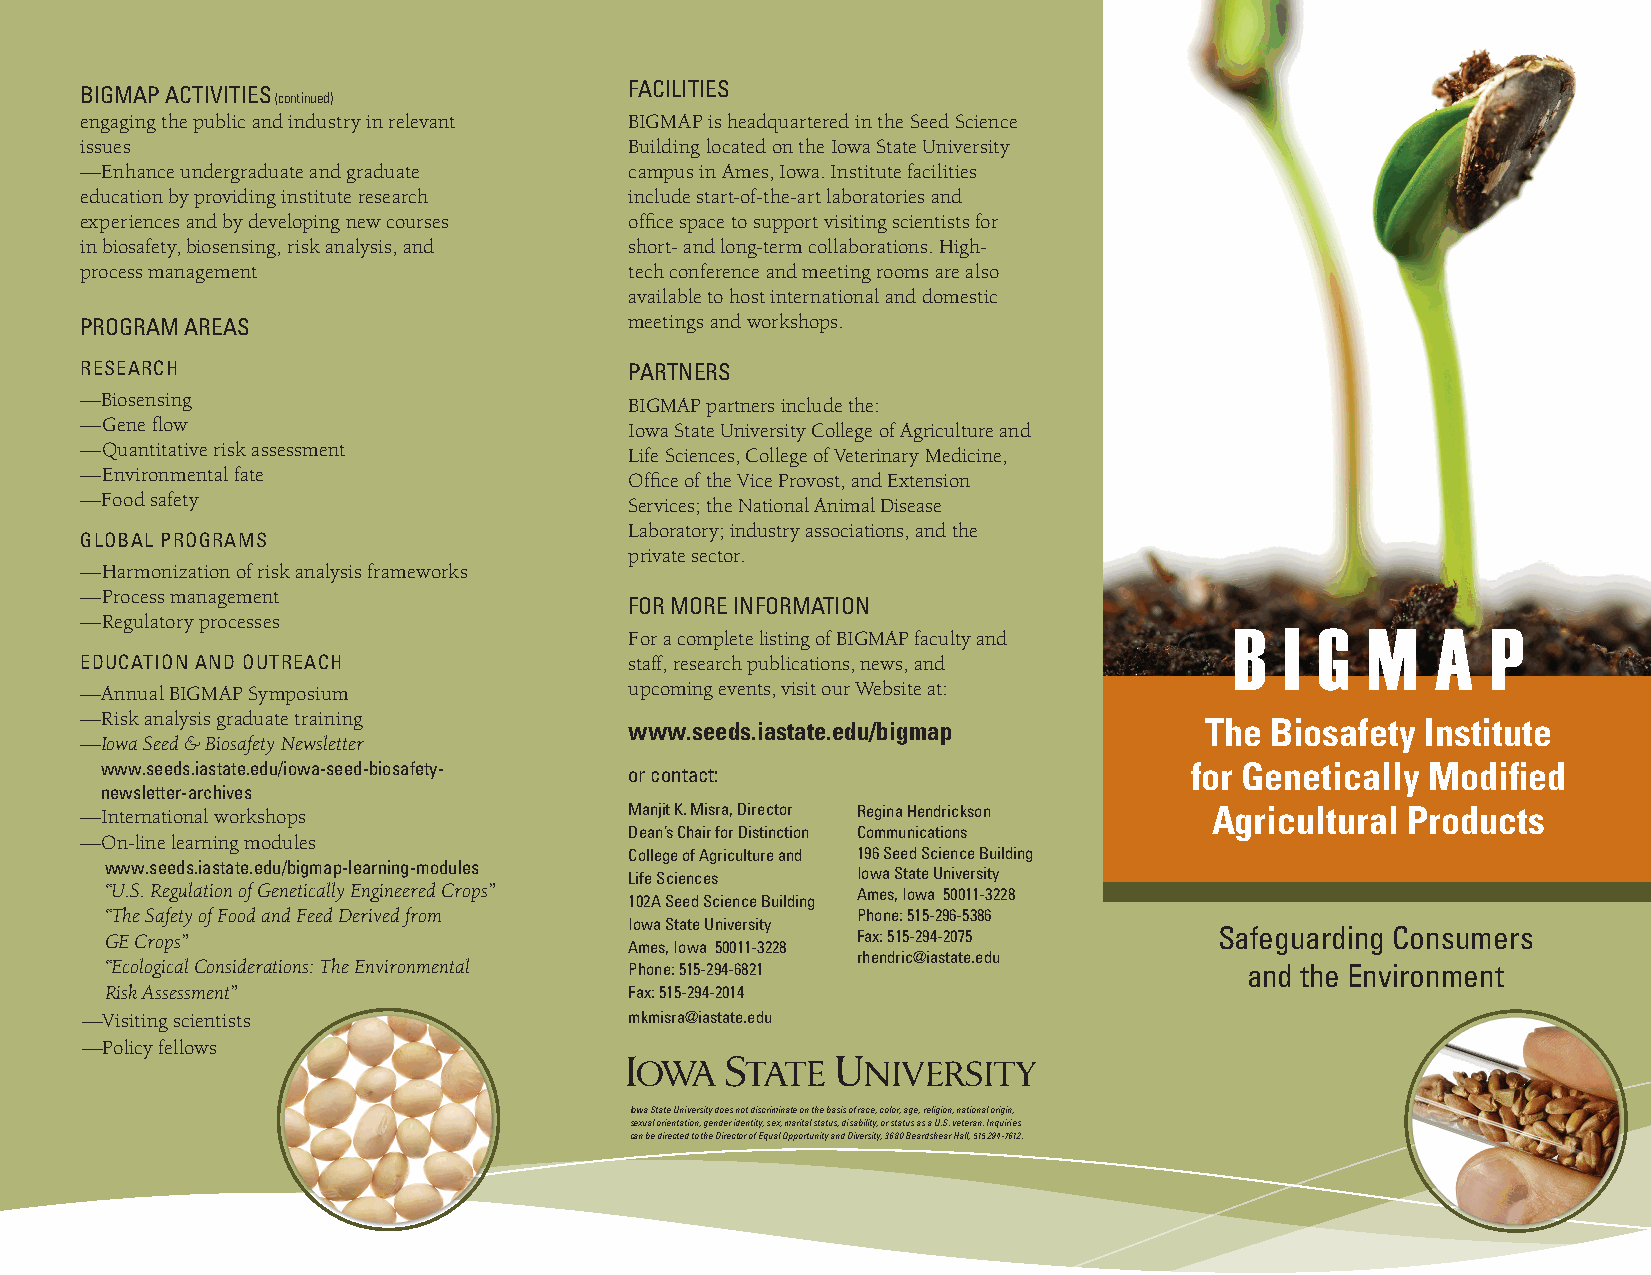
FACILITIES
 BIGMAP ACTIVITIES (continued)
 engaging the public and industry in relevant BIGMAP is headquartered in the Seed Science
 issues                               Building located on the Iowa State University
 —Enhance undergraduate and graduate  campus in Ames, Iowa. Institute facilities
 education by providing institute research include start-of-the-art laboratories and
 experiences and by developing new courses office space to support visiting scientists for
 in biosafety, biosensing, risk analysis, and short- and long-term collaborations. High-
 process management                   tech conference and meeting rooms are also
 available to host international and domestic
 PROGRAM AREAS                        meetings and workshops.
 RESEARCH                             PARTNERS
 —Biosensing                          BIGMAP partners include the:
 —Gene flow                           Iowa State University College of Agriculture and
 —Quantitative risk assessment        Life Sciences, College of Veterinary Medicine,
 —Environmental fate                  Office of the Vice Provost, and Extension
 —Food safety                         Services; the National Animal Disease
 Laboratory; industry associations, and the
 GLOBAL PROGRAMS
 private sector.
 —Harmonization of risk analysis frameworks
 —Process management
 FOR MORE INFORMATION
 —Regulatory processes                                                        B  I G  M    A   P
 For a complete listing of BIGMAP faculty and
 EDUCATION AND OUTREACH               staff, research publications, news, and
 —Annual BIGMAP Symposium             upcoming events, visit our Website at:
 —Risk analysis graduate training
 www.seeds.iastate.edu/bigmap          The Biosafety Institute
 —Iowa Seed & Biosafety Newsletter
 www.seeds.iastate.edu/iowa-seed-biosafety- or contact:                  for Genetically Modified
 newsletter-archives
 —International workshops             Manjit K. Misra, Director Regina Hendrickson Agricultural Products
 Dean’s Chair for Distinction Communications
 —On-line learning modules
 College of Agriculture and 196 Seed Science Building
 www.seeds.iastate.edu/bigmap-learning-modules
 Life Sciences  Iowa State University
 “U.S. Regulation of Genetically Engineered Crops” Ames, Iowa 50011-3228
 102A Seed Science Building
 “The Safety of Food and Feed Derived from         Phone: 515-296-5386
 Iowa State University
 GE Crops”                                         Fax: 515-294-2075       Safeguarding Consumers
 Ames, Iowa 50011-3228
 rhendric@iastate.edu
 “Ecological Considerations: The Environmental Phone: 515-294-6821           and the Environment
 Risk Assessment”                   Fax: 515-294-2014
 —Visiting scientists                 mkmisra@iastate.edu
 —Policy fellows
 Iowa State University does not discriminate on the basis of race, color, age, religion, national origin,
 sexual orientation, gender identity, sex, marital status, disability, or status as a U.S. veteran. Inquiries
 can be directed to the Director of Equal Opportunity and Diversity, 3680 Beardshear Hall, 515 294-7612.